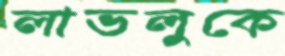
লাভলুকে